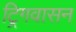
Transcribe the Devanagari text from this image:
ट्रिगवासन